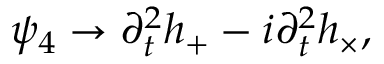
\psi _ { 4 } \rightarrow \partial _ { t } ^ { 2 } h _ { + } - i \partial _ { t } ^ { 2 } h _ { \times } ,